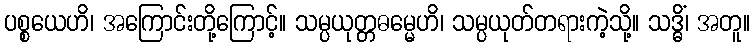
ပစ္စယေဟိ၊ အကြောင်းတို့ကြောင့်။ သမ္ပယုတ္တဓမ္မေဟိ၊ သမ္ပယုတ်တရားကဲ့သို့။ သဒ္ဓိံ၊ အတူ။